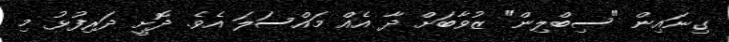
ގިނައިން "ސިބްލިން" ޒުވާބަށް ދާ އެއް މައްސަލަ އެވެ. ދޮށީ ދަރިފުޅު މި